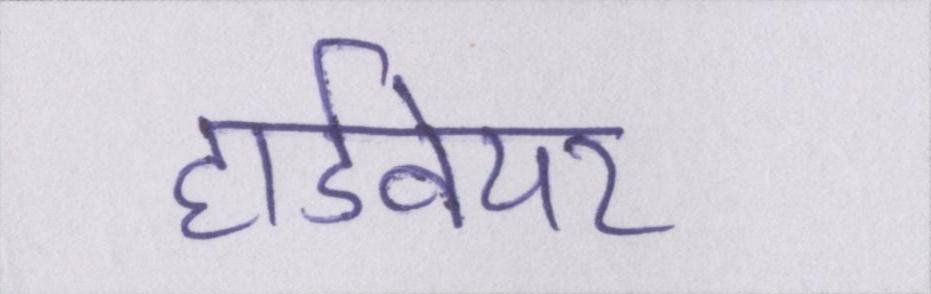
हार्डवेयर